Annual report on the working of the lock hospitals in the Central Provinces
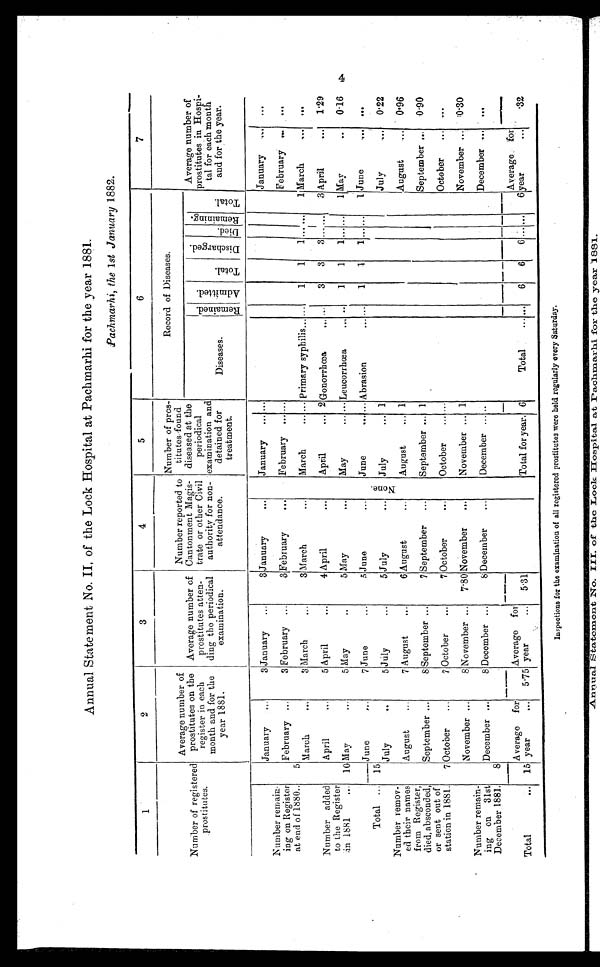
Annual Statement No. II, of the Lock Hospital at Pachmarhi for the year 1881.
Pachmarhi, the 1st January 1882.
1
2
3
4
5
6
7
Number of registered
p r o s t i t u t e s .
Average number of
prostitutes on the
register in each
month and for the
year 1881.
Average number of
prostitutes atten-
ding the periodical
examination.
Number reported to
Cantonment Magis-
trate or other Civil
authority for non-
attendance.
Number of pros-
titutes found
diseased at the
periodical
examination and
detained for
treatment.
Record of Diseases.
Diseases.
R f e m a i n e d . A d m i t t e d .
T o t a l .
d i s c h a r g e d .
D i e d .
R e m a i n i n g .
T o t a l .
Average number of
prostitutes in Hospi-
tal for each mouth
and for the year.
Number remain-
ing on Register
at end of 1880.. 5
January ...
3 January ...
3 January
. . .
N o n e .
January ... ...
January ... ...
February ...
3 February ...
3 February
...
February ... ...
February ... . . .
March
...
3 March
...
3 March
...
March
... . . . primary syphilis...
...
1 1
1 . . . . . . 1 March
. . .
. . .
Number added
to the Register
in 1881
... 10
Aril
...
5 April
. . .
4 April
. . .
April
. . . 2 Gonorrhœa
... ...
3 3 3 . . . . . . 3 April
... 1.29
May
..
5 May
...
5 May
. . .
May
. . . . . .
Leucorrhœa
... ... 1 1
1 . . . . . . 1 May
... 0.16
Total ... 15
June
. . .
7 June
...
5 June
. . .
June
... ... Abrasion
... ...
1 1
1 . . . . . . 1 June
...
. . .
July
... 1
July
... 0.22
July
...
5 July
...
5 July
...
Number remov-
ed their names
from Register,
died, absconded,
or sent out of
station in 1881. 7
August
...
7 August
. . .
6 August
...
August
... 1
August
... 0.96
September ...
8 September . . .
7 September ...
September . . . 1
September
...
0.90
October ...
7 October ...
7 October
...
October ... . . .
October ...
. . .
Number remain-
ing on 31st
December 1881. 8
November ...
8 November ... 7.80 November ...
November ... 1
November . . . 0 30
December ...
8 December ...
8 December ...
December ... ..
December ... ...
Total
... 15
Average for
year
... 5.75
Average for
year
... 5.31
Total for year. 6
Total
. . .
. . .
6
6 6 . . . . . . 6
Average for
year
... .32
Inspections for the examination of all registered prostitutes were held regularly every Saturday.